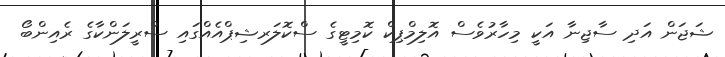
ޝަޖަން އަދި ސާޖިނާ އަކީ މިހާރުވެސް އޮލިމްޕިކް ކޮމިޓީގެ ސްކޮލަރޝިޕްއެއްގައި ސްރީލަންކާގެ ރެއިންބޯ